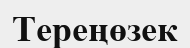
Тереңөзек